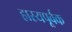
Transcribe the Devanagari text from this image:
हास्यपूर्वक